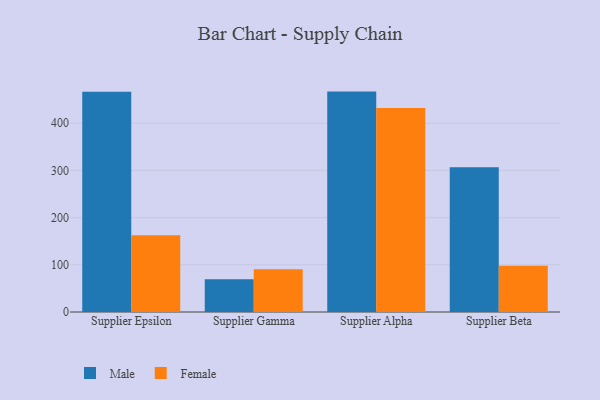
{"axis": {"x": "Supplier", "y": "Budget (USD K)"}, "legend": ["Female", "Male"], "data": [{"x": "Supplier Epsilon", "y": 466.6, "type": "Male"}, {"x": "Supplier Epsilon", "y": 162.5, "type": "Female"}, {"x": "Supplier Gamma", "y": 69.5, "type": "Male"}, {"x": "Supplier Gamma", "y": 90.4, "type": "Female"}, {"x": "Supplier Alpha", "y": 467.0, "type": "Male"}, {"x": "Supplier Alpha", "y": 432.4, "type": "Female"}, {"x": "Supplier Beta", "y": 306.5, "type": "Male"}, {"x": "Supplier Beta", "y": 98.2, "type": "Female"}]}